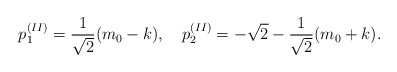
\begin{align*}p^{(II)}_1=\frac{1}{\sqrt{2}}(m_0-k),~~~p^{(II)}_2=-\sqrt{2}-\frac{1}{\sqrt{2}}(m_0+k).\end{align*}